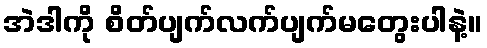
အဲဒါကို စိတ်ပျက်လက်ပျက်မတွေးပါနဲ့။